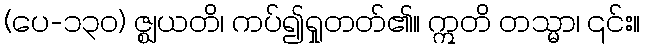
(ပေ-၁၃၀) ဇ္ဈယတိ၊ ကပ်၍ရှုတတ်၏။ ဣတိ တသ္မာ၊ ၎င်း။